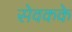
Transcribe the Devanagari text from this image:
सेवकके